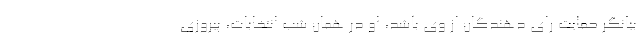
بیانگر حمایت رای دهندگان از وی باشد، او در همان شب انتخابات، پیروزی